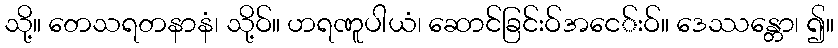
သို့။ တေသရတနာနံ၊ သို့ဝ်။ ဟရဏူပါယံ၊ ဆောင်ခြင်းဝ်အငေ်းဝ်။ ဒေဿန္တော၊ ၍။